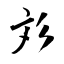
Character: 彣